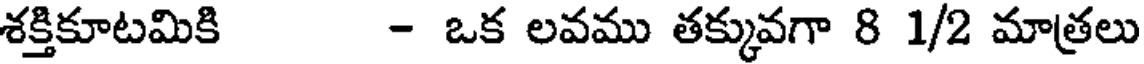
శక్తికూటమికి - ఒక లవము తక్కువగా 8 1/2 మాత్రలు